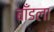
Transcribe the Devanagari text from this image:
बाँडला